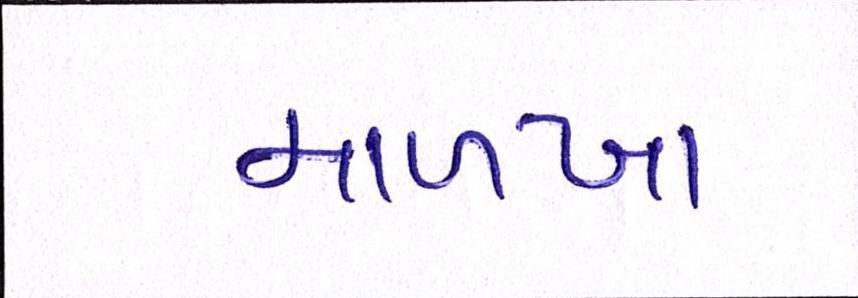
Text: માળખા